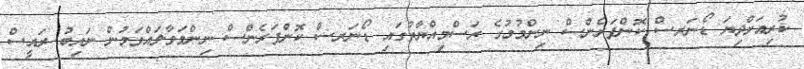
ކުރިއަށްދިޔަ ޑޯނަރސް ކޮންފަރެންސް ނިންމުމުގެ ރަސްމިއްޔާތުގައި ޑޯނަރސް ކޮންފަރެންސް ނިންމަވާލައްވަމުން ނައިބު ރައީސް